Vaccine operations Central Provinces 1868-1885 - 1868-1885
Year: 1868
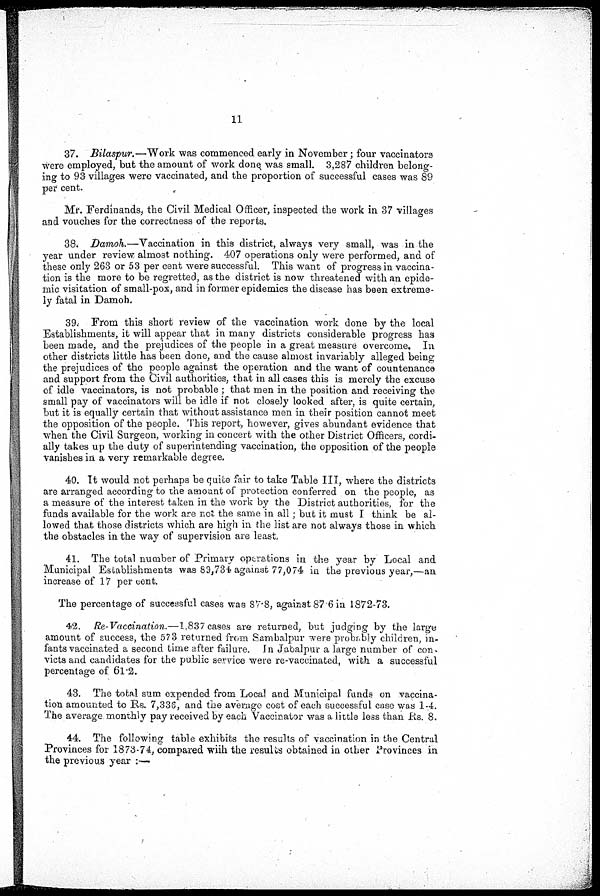
11
37. Bilaspur.—Work was commenced early in November; four vaccinators
were employed, but the amount of work done was small. 3,287 children belong-
ing to 93 villages were vaccinated, and the proportion of successful cases was 89
per cent.
Mr. Ferdinands, the Civil Medical Officer, inspected the work in 37 villages
and vouches for the correctness of the reports.
38. Damoh.—Vaccination in this district, always very small, was in the
year under review almost nothing. 407 operations only were performed, and of
these only 263 or 53 per cent were successful. This want of progress in vaccina-
tion is the more to be regretted, as the district is now threatened with an epide-
mic visitation of small-pox, and in former epidemics the disease has been extreme-
ly fatal in Damoh.
39. From this short review of the vaccination work done by the local
Establishments, it will appear that in many districts considerable progress has
been made, and the prejudices of the people in a great measure overcome. In
other districts little has been done, and the cause almost invariably alleged being
the prejudices of the people against the operation and the want of countenance
and support from the Civil authorities, that in all cases this is merely the excuse
of idle vaccinators, is not probable ; that men in the position and receiving the
small pay of vaccinators will be idle if not closely looked after, is quite certain,
but it is equally certain that without assistance men in their position cannot meet
the opposition of the people. This report, however, gives abundant evidence that
when the Civil Surgeon, working in concert with the other District Officers, cordi-
ally takes up the duty of superintending vaccination, the opposition of the people
vanishes in a very remarkable degree.
40. It would not perhaps be quite fair to take Table III, where the districts
are arranged according to the amount of protection conferred on the people, as
a measure of the interest taken in the work by the District authorities, for the
funds available for the work are not the same in all; but it must I think be al-
lowed that those districts which are high in the list are not always those in which
the obstacles in the way of supervision are least.,
41. The total number of Primary operations in the year by Local and
Municipal Establishments was 89,734 against 77,074 in the previous year,—an
increase of 17 per cent.
The percentage of successful cases was 87.8, against 87 6 in 1872-73.
42. Re- Vaccination.—1,837 cases are returned, but judging by the large
amount of success, the 573 returned from Sambalpur were probably children, in-
fants vaccinated a second time after failure. In Jabalpur a large number of con-
victs and candidates for the public service were re-vaccinated, with a successful
percentage of 61.2.
43. The total sum expended from Local and Municipal funds on vaccina-
tion amounted to Rs. 7,336, and the average cost of each successful case was 1-4.
The average monthly pay received by each Vaccinator was a little less than Rs. 8.
44. The following table exhibits the results of vaccination in the Central
Provinces for 1873-74, compared with the results obtained in other Provinces in
the previous year : —